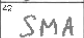
Transcription: SMA